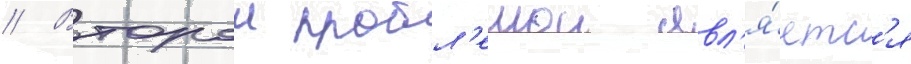
// Второи пробл'емои явл'я́етс'я